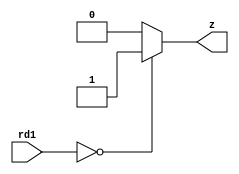
`timescale 1ns / 1ps
//////////////////////////////////////////////////////////////////////////////////
// Company: 
// Engineer: 
// 
// Design Name: 
// Module Name: branch_or_not
// Project Name: 
// Target Devices: 
// Tool Versions: 
// Description: 
// 
// Dependencies: 
// 
// Revision:
// Revision 0.01 - File Created
// Additional Comments:
// 
//////////////////////////////////////////////////////////////////////////////////


module branch_or_not(z,rd1);
output reg z;
input [31:0] rd1;
always @(rd1)
if(rd1==32'b0) z<=1'b1;
else z<=1'b0;
endmodule